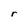
Character: r